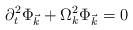
LaTeX: \begin{align*}\partial _t^2\Phi _{\vec k}+\Omega _k^2\Phi _{\vec k}=0\end{align*}